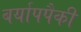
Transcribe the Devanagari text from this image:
बर्यापपैकी